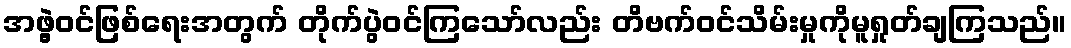
အဖွဲ့ဝင်ဖြစ်ရေးအတွက် တိုက်ပွဲဝင်ကြသော်လည်း တိဗက်ဝင်သိမ်းမှုကိုမူရှုတ်ချကြသည်။